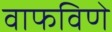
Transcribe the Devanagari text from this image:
वाफविणे